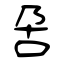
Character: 呄